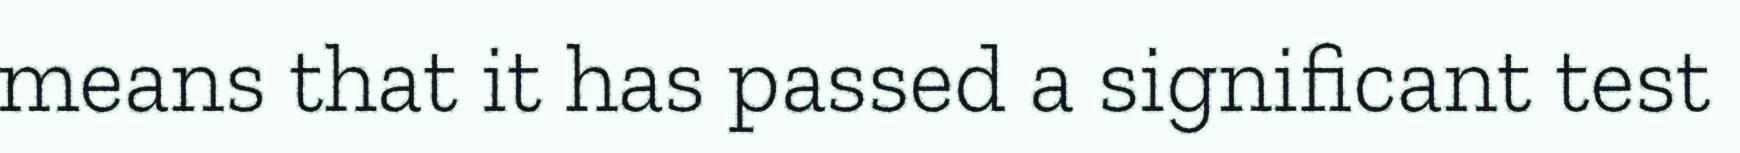
means that it has passed a significant test